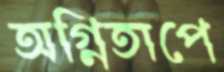
অগ্নিতাপে